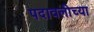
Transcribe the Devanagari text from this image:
पदावलीच्या